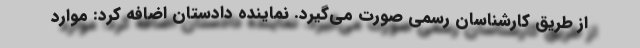
از طریق کارشناسان رسمی صورت می‌گیرد. نماینده دادستان اضافه کرد: موارد